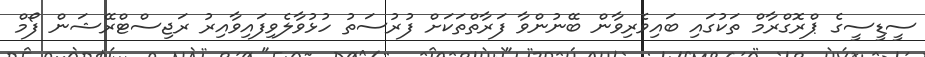
ސީޑީސީގެ ޕްރޮގްރާމް ތަކުގައި ބައިވެރިވާން ބޭނުންވާ ފަރާތްތަކަށް ފުރުސަތު ހުޅުވާލެވިފައިވާއިރު ރަޖިސްޓްރޭޝަން ފޯމް